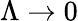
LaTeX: \Lambda\to 0